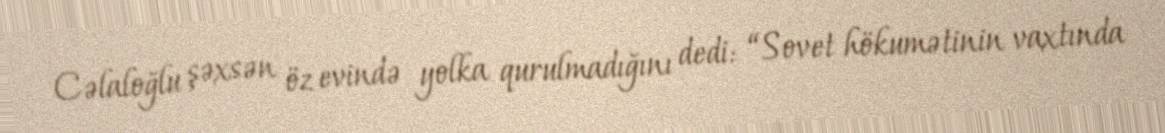
Cəlaloğlu şəxsən öz evində yolka qurulmadığını dedi: “Sovet hökumətinin vaxtında